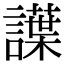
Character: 䜓